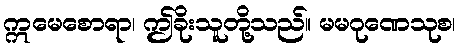
ဣမေစောရာ၊ ဤခိုးသူတို့သည်။ မမဂုဏေသုစ၊